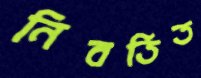
নিবর্তিত